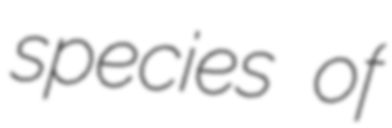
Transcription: species of